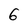
Character: 6